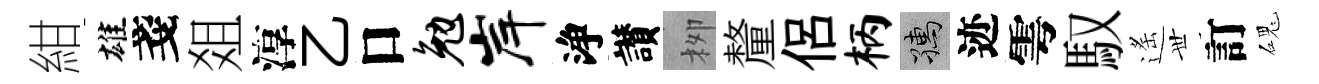
紺雄戔爼淳乙口勉岸浄讃栁釐侶柄孺迹雩馭遙𠀍訂磈